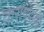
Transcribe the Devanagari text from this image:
ताराचंदाणी